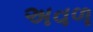
અવળ